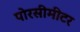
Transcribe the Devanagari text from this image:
पोरसीमीटर